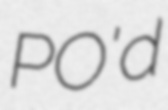
PO'd